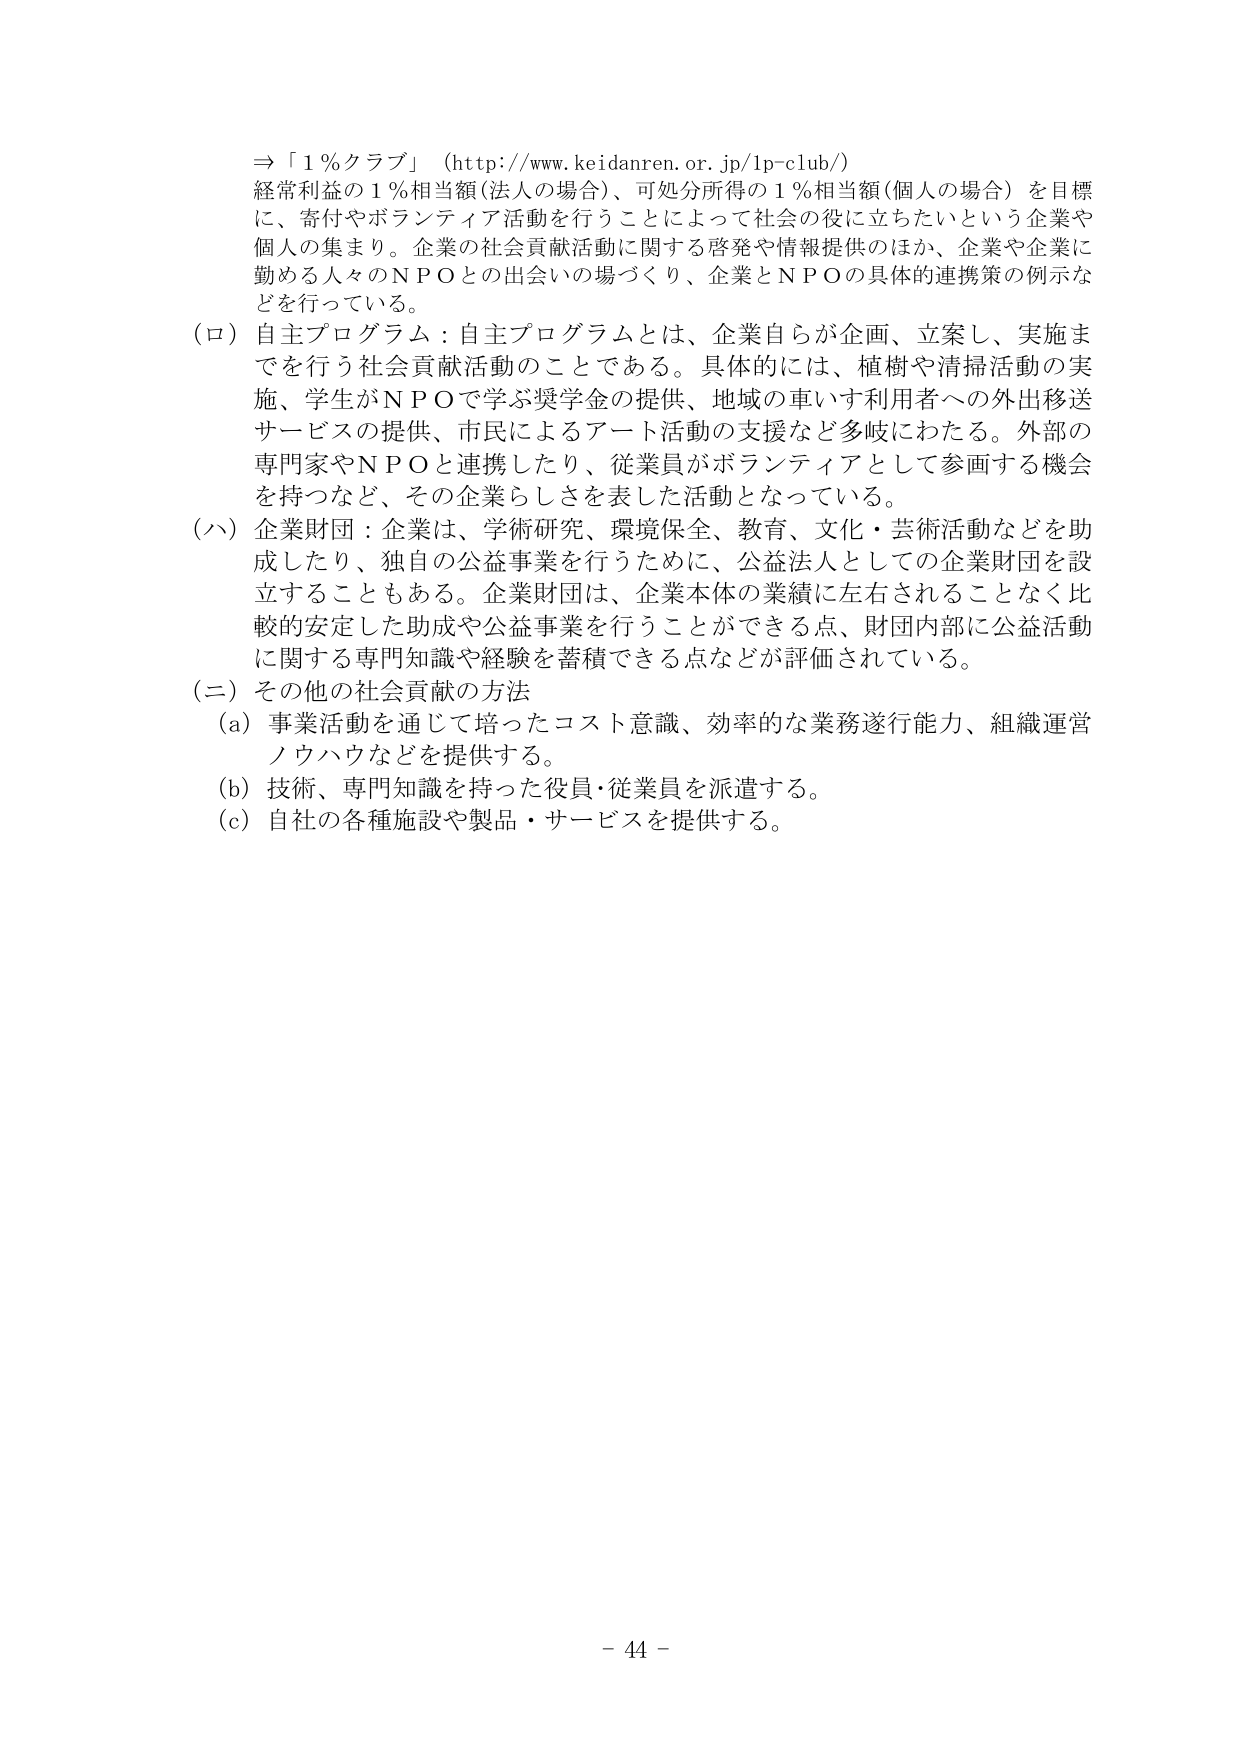
⇒「１％クラブ」（http://www.keidanren.or.jp/lp-club/）
経常利益の１％相当額（法人の場合）、可処分所得の１％相当額（個人の場合）を目標に、寄付やボランティア活動を行うことによって社会の役に立ちたいという企業や個人の集まり。企業の社会貢献活動に関する啓発や情報提供のほか、企業や企業に勤める人々のＮＰＯとの出会いの場づくり、企業とＮＰＯの具体的連携策の例示などを行っている。

（ロ）自主プログラム：自主プログラムとは、企業自らが企画、立案し、実施までを行う社会貢献活動のことである。具体的には、植樹や清掃活動の実施、学生がＮＰＯで学ぶ奨学金の提供、地域の車いす利用者への外出移送サービスの提供、市民によるアート活動の支援など多岐にわたる。外部の専門家やＮＰＯと連携したり、従業員がボランティアとして参画する機会を持つなど、その企業らしさを表した活動となっている。

（ハ）企業財団：企業は、学術研究、環境保全、教育、文化・芸術活動などを助成したり、独自の公益事業を行うために、公益法人としての企業財団を設立することもある。企業財団は、企業本体の業績に左右されることなく比較的安定した助成や公益事業を行うことができる点、財団内部に公益活動に関する専門知識や経験を蓄積できる点などが評価されている。

（ニ）その他の社会貢献の方法
（a）事業活動を通じて培ったコスト意識、効率的な業務遂行能力、組織運営ノウハウなどを提供する。
（b）技術、専門知識を持った役員・従業員を派遣する。
（c）自社の各種施設や製品・サービスを提供する。

- 44 -